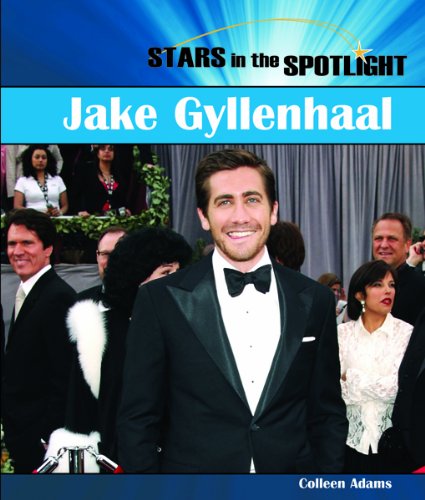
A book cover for Jake Gyllenhall (Stars in the Spotlight); Colleen Adams; Children's Books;